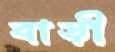
বাড়ী